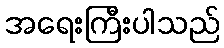
အရေးကြီးပါသည်